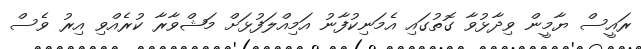
ރައީސް ޔާމީން ވިދާޅުވާ ގޮތުގައި އެމަނިކުފާނު އަމިއްލަފުޅަށް މަޝްވާރާ ކުރެއްވި އިރު ވެސް